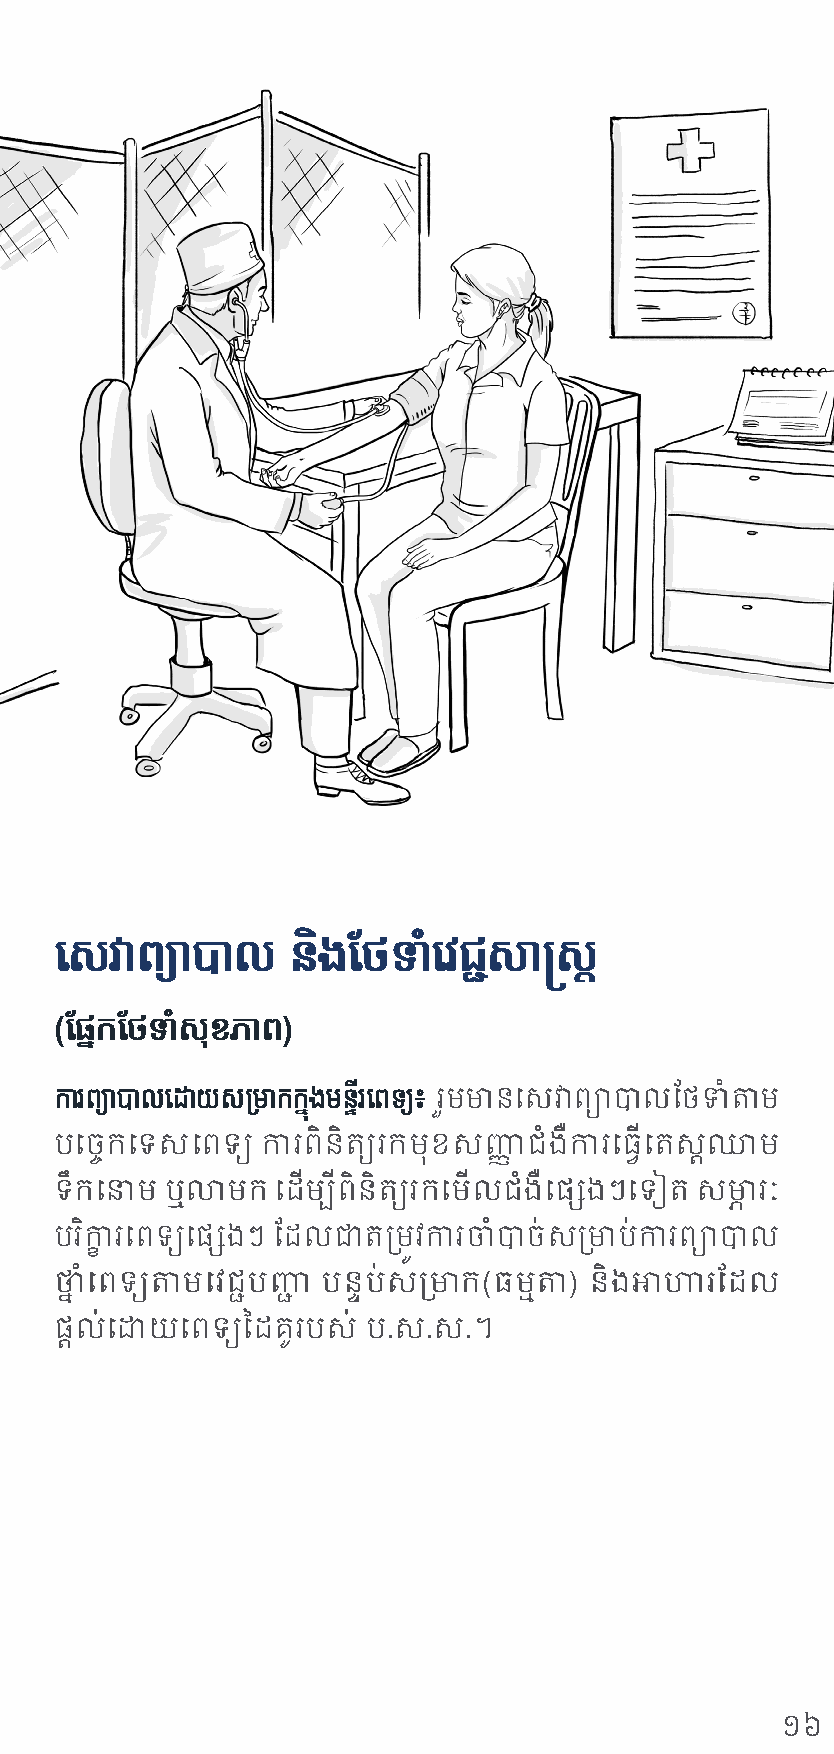
យសវាពចាយារាេ   និងន ែទាំយវជ្ស្ស្
 (នផ្នកនែទាំសុខភាព)
 ការពចាយារាេយោយសម្មាកក្នចុងមន្តីរយពទចាយ៖ រួមមា ន សេវា ព្យាបាល ថែទាំតាម
 បសចក្ សទេ សព្ទ្យ ការ ព្ិនិត្យ រក មនុខ េញ្្ញ ជ ំងឺ ការសធើ្ សតេ ្តា ម
 ទរកសន្ម ឬលាមក សដើម្បីព្ិនិត្យ រក សមើល ជំងឺ ស្សេងៗ សទៀត េមា្ភ រៈ
 បរកាិ ្ខ រ សព្ទ្យ ស្សេងៗ ថដលជា តប្មរូេ ការ ចាំ បា ច់ េប្មាប់ ការព្យាបាល
 ថ្នែ ំ សព្ទ្យ តាម សេជ្ជបញ្្ជ បនទាប់េប្មាក(ធម្មតា) និងអាហារថដល
 ្តាល់ សោយ សព្ទ្យនដ្ូរបេ់ ប.េ.េ.។
 ១៦